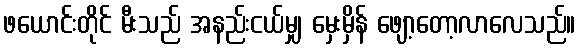
ဖယောင်းတိုင် မီးသည် အနည်းငယ်မျှ မှေးမှိန် ဖျော့တော့လာလေသည်။